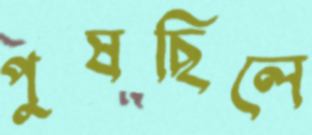
পুষছিলে